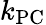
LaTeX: k_{\textrm{PC}}